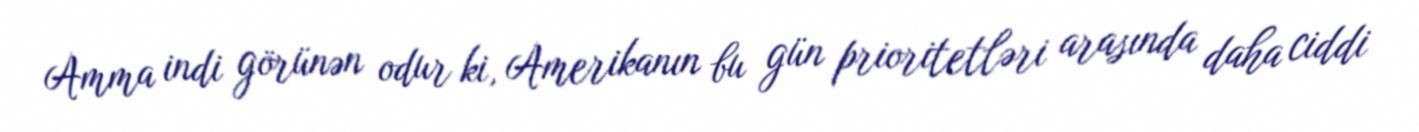
Amma indi görünən odur ki, Amerikanın bu gün prioritetləri arasında daha ciddi